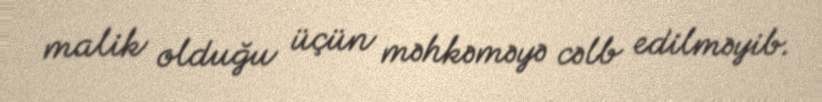
malik olduğu üçün məhkəməyə cəlb edilməyib.